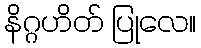
နိဂ္ဂဟိတ် ပြုလေ။